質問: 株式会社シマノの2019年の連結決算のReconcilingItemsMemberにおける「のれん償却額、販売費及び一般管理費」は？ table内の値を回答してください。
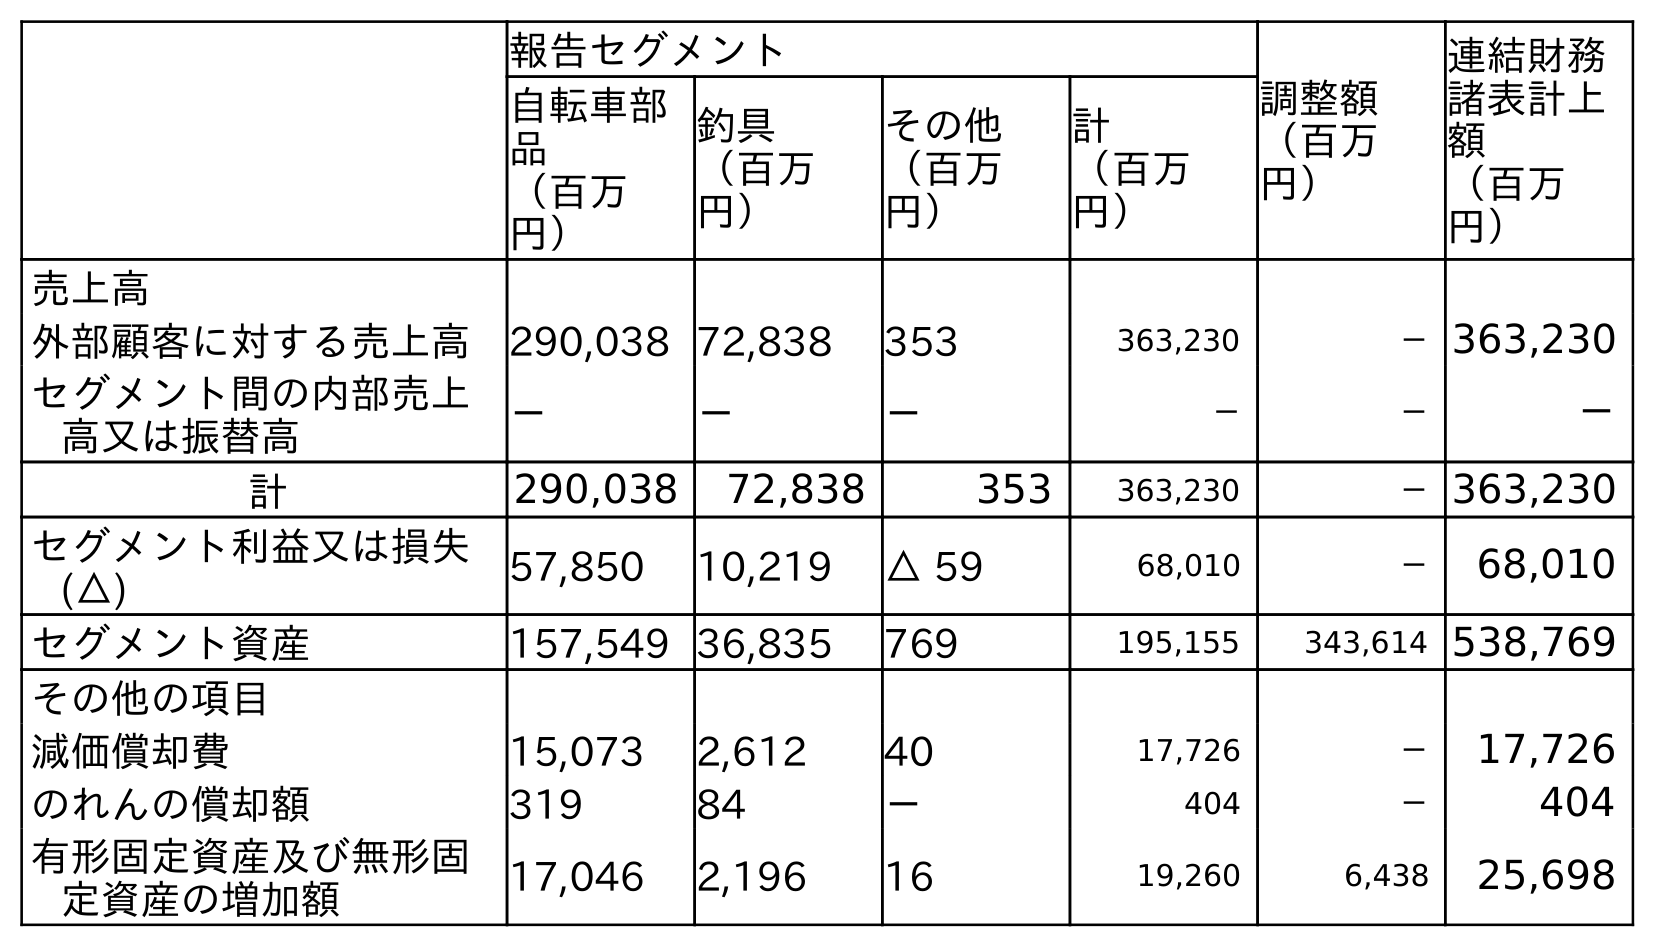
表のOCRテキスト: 報告セグメント 調整額 （百万 円） 連結財務 諸表計上 額 （百万 円） 自転車部 品 （百万 円） 釣具 （百万 円） その他 （百万 円） 計 （百万 円） 売上高 外部顧客に対する売上高 290,038 72,838 353 363,230 －363,230 セグメント間の内部売上 高又は振替高 － － － － － － 計 290,038 72,838 353 363,230 －363,230 セグメント利益又は損失 (△) 57,850 10,219 △ 59 68,010 － 68,010 セグメント資産 157,549 36,835 769 195,155 343,614 538,769 その他の項目 減価償却費 15,073 2,612 40 17,726 － 17,726 のれんの償却額 319 84 － 404 － 404 有形固定資産及び無形固 定資産の増加額 17,046 2,196 16 19,260 6,438 25,698
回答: －